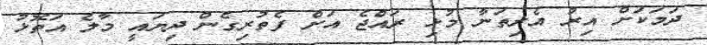
ދަމަކަށް އިރު އެރިތަނާ މުޅި ރައްޖެ އަށް ފެތުރިގެން ދިޔައީ މާލެ އަތޮޅު